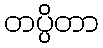
တပ္ပိတာ